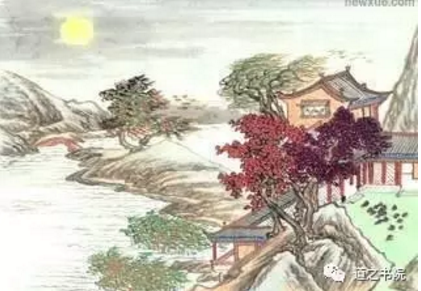
天秋月又满，城阙夜千重。